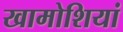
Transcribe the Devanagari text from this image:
खामोशियां